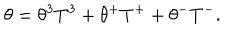
LaTeX: \theta = \theta ^ { 3 } T ^ { 3 } + \theta ^ { + } T ^ { + } + \theta ^ { - } T ^ { - } .